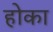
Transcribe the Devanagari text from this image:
होका